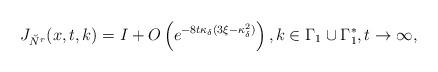
LaTeX: \begin{align*} J_{\breve{N}^r}(x,t,k)=I+O\left(e^{-8t\kappa_{\delta}(3\xi-\kappa_{\delta}^2)}\right), k\in\Gamma_1\cup\Gamma_1^*, t\rightarrow\infty,\end{align*}